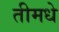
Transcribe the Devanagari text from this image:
तीमधे